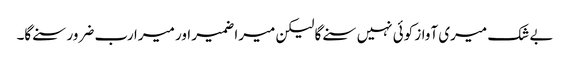
بے شک میری آواز کوئی نہیں سنے گا لیکن میرا ضمیر اور میرا رب ضرور سنے گا۔